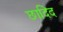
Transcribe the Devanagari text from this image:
छादिद